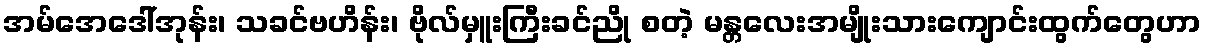
အမ်အေဒေါ်အုန်း၊ သခင်ဗဟိန်း၊ ဗိုလ်မှူးကြီးခင်ညို စတဲ့ မန္တလေးအမျိုးသားကျောင်းထွက်တွေဟာ